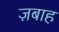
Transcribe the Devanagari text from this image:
ज़बाह